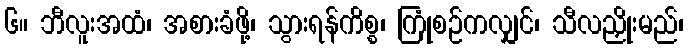
၆။ ဘီလူးအထံ၊ အစားခံဖို့၊ သွားရန်ကိစ္စ၊ ကြုံစဉ်ကလျှင်၊ သီလညှိုးမည်၊